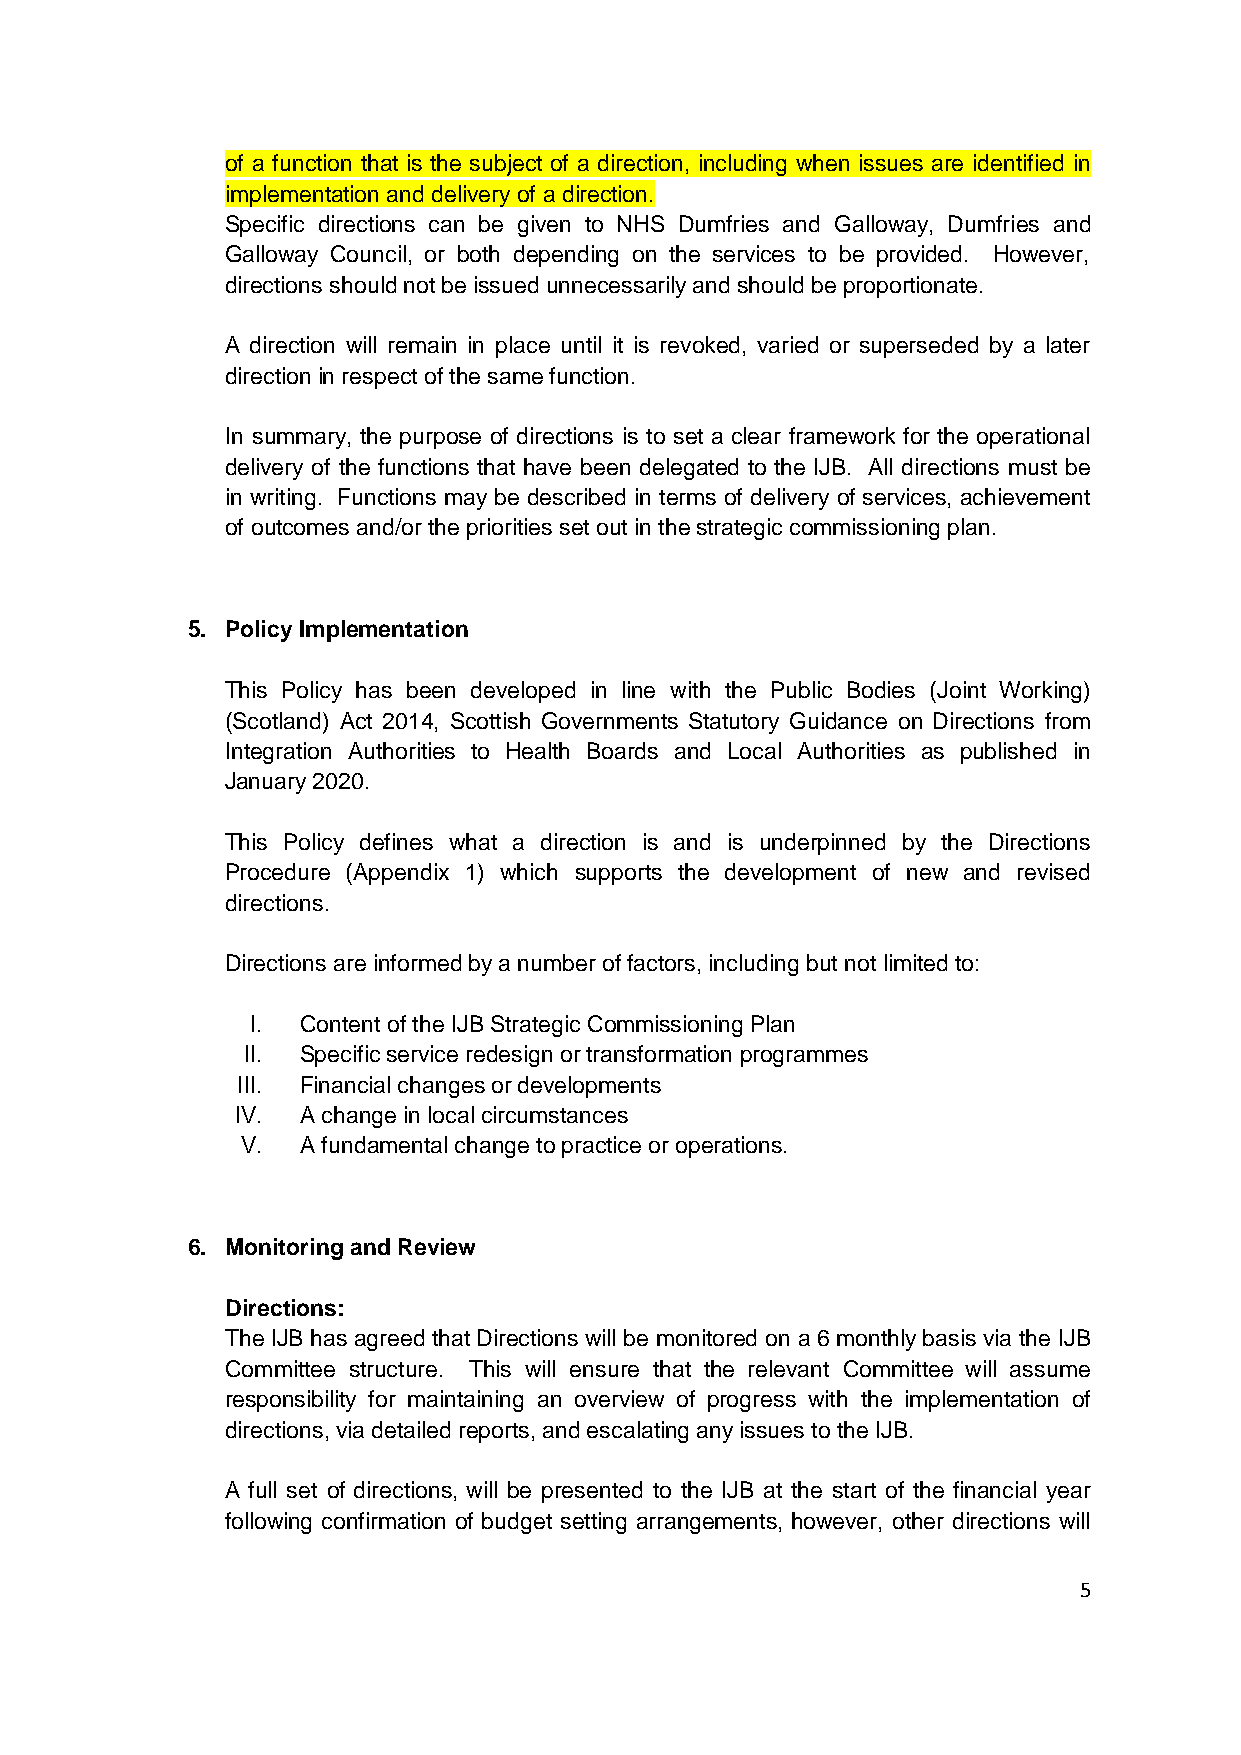
of a function that is the subject of a direction, including when issues are identified in
 implementation and delivery of a direction.
 Specific directions can be given to NHS Dumfries and Galloway, Dumfries and
 Galloway Council, or both depending on the services to be provided. However,
 directions should not be issued unnecessarily and should be proportionate.
 A direction will remain in place until it is revoked, varied or superseded by a later
 direction in respect of the same function.
 In summary, the purpose of directions is to set a clear framework for the operational
 delivery of the functions that have been delegated to the IJB. All directions must be
 in writing. Functions may be described in terms of delivery of services, achievement
 of outcomes and/or the priorities set out in the strategic commissioning plan.
 5. Policy Implementation
 This Policy has been developed in line with the Public Bodies (Joint Working)
 (Scotland) Act 2014, Scottish Governments Statutory Guidance on Directions from
 Integration Authorities to Health Boards and Local Authorities as published in
 January 2020.
 This Policy defines what a direction is and is underpinned by the Directions
 Procedure (Appendix 1) which supports the development of new and revised
 directions.
 Directions are informed by a number of factors, including but not limited to:
 I. Content of the IJB Strategic Commissioning Plan
 II. Specific service redesign or transformation programmes
 III. Financial changes or developments
 IV. A change in local circumstances
 V.  A fundamental change to practice or operations.
 6. Monitoring and Review
 Directions:
 The IJB has agreed that Directions will be monitored on a 6 monthly basis via the IJB
 Committee structure. This will ensure that the relevant Committee will assume
 responsibility for maintaining an overview of progress with the implementation of
 directions, via detailed reports, and escalating any issues to the IJB.
 A full set of directions, will be presented to the IJB at the start of the financial year
 following confirmation of budget setting arrangements, however, other directions will
 5